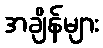
အချိန်များ